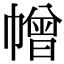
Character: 𢅋